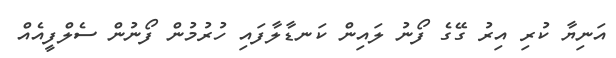
އަނިޔާ ކުރި އިރު ގޭގެ ފޯނު ލައިން ކަނޑާލާފައި ހުރުމުން ފޯނުން ސެލްފީއެއް